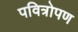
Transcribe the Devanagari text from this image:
पवित्रोपण